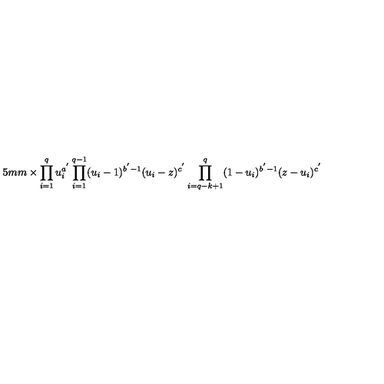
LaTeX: \hspace { 1 5 m m } \times \prod _ { i = 1 } ^ { q } u _ { i } ^ { a ^ { ' } } \prod _ { i = 1 } ^ { q - 1 } ( u _ { i } - 1 ) ^ { b ^ { ' } - 1 } ( u _ { i } - z ) ^ { c ^ { ' } } \prod _ { i = q - k + 1 } ^ { q } ( 1 - u _ { i } ) ^ { b ^ { ' } - 1 } ( z - u _ { i } ) ^ { c ^ { ' } }